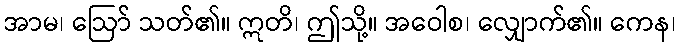
အာမ၊ ဩော် သတ်၏။ ဣတိ၊ ဤသို့။ အဝေါစ၊ လျှောက်၏။ ကေန၊